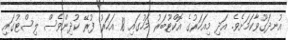
އުނދަގޫވާކަމަށެވެ. އަދި މިއަހަރުގެ އޮކްޓޫބަރު މަހުގައި 18 އަހަރު ފުރޭ ކުދިންވެސް ލިސްޓުގައި